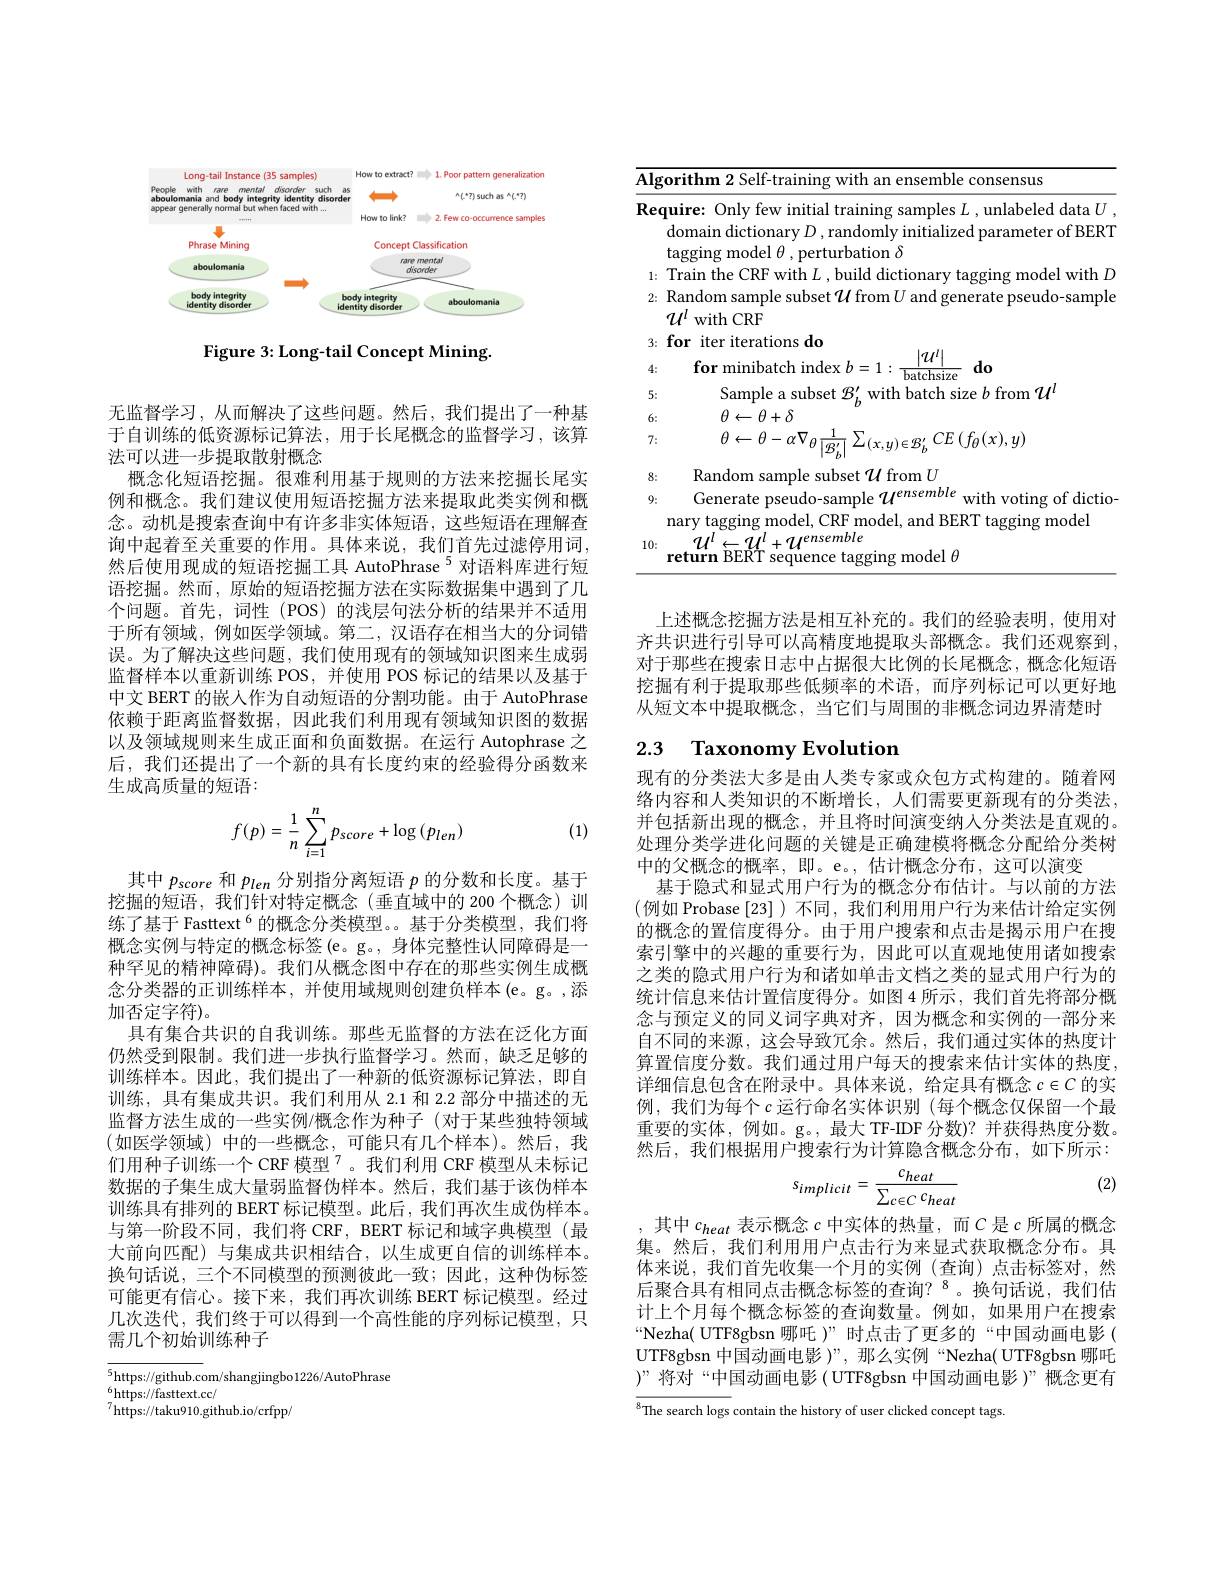
<FigureHere>

Figure 3: Long-tail Concept Mining

无监督学习，从而解决了这些问题。然后，我们提出了一种基于自训练的低资源标记算法，用于长尾概念的监督学习，该算法可以进一步提取散射概念
概念化短语挖掘。很难利用基于规则的方法来挖掘长尾实例和概念。我们建议使用短语挖掘方法来提取此类实例和概念。动机是搜索查询中有许多非实体短语，这些短语在理解查询中起着至关重要的作用。具体来说，我们首先过滤停用词， 然后使用现成的短语挖掘工具 AutoPhrase $^{5}$对语料库进行短语挖掘。然而，原始的短语挖掘方法在实际数据集中遇到了几个问题。首先，词性(POS)的浅层句法分析的结果并不适用于所有领域，例如医学领域。第二，汉语存在相当大的分词错误。为了解决这些问题，我们使用现有的领域知识图来生成弱监督样本以重新训练 POS,并使用 POS 标记的结果以及基于中文 BERT 的嵌人作为自动短语的分割功能。由于 AutoPhrase 依赖于距离监督数据，因此我们利用现有领域知识图的数据以及领域规则来生成正面和负面数据。在运行 Autophrase 之后，我们还提出了一个新的具有长度约束的经验得分函数来生成高质量的短语：
$$f(p)=\dfrac{1}{n}\sum_{i=1}^{n}p_{score}+\log{(p_{len})}$$
(1)

其中$p_{score}$和$p_{len}$分别指分离短语$p$的分数和长度。基于挖掘的短语，我们针对特定概念(垂直域中的 200 个概念)训练了基于 Fasttext$^{6}$的概念分类模型。基于分类模型，我们将概念实例与特定的概念标签 (e。g。, 身体完整性认同障碍是一种罕见的精神障碍)。我们从概念图中存在的那些实例生成概念分类器的正训练样本，并使用域规则创建负样本(e。g。,添加否定字符)。
具有集合共识的自我训练。那些无监督的方法在泛化方面仍然受到限制。我们进一步执行监督学习。然而，缺乏足够的训练样本。因此，我们提出了一种新的低资源标记算法，即自训练，具有集成共识。我们利用从 2.1 和 2.2 部分中描述的无监督方法生成的一些实例/概念作为种子 (对于某些独特领域(如医学领域)中的一些概念，可能只有几个样本)。然后，我们用种子训练一个 CRF 模型$^{7}$。我们利用 CRF 模型从未标记数据的子集生成大量弱监督伪样本。然后，我们基于该伪样本训练具有排列的 BERT 标记模型。此后，我们再次生成伪样本。与第一阶段不同，我们将 CRF, BERT 标记和域字典模型(最大前向匹配)与集成共识相结合，以生成更自信的训练样本。换句话说，三个不同模型的预测彼此一致；因此，这种伪标签可能更有信心。接下来，我们再次训练 BERT 标记模型。经过几次迭代，我们终于可以得到一个高性能的序列标记模型，只需几个初始训练种子

$\overline {5\text{https: / / github. c}}$om/ shangjingbo1226/ AutoPhrase 6Litps: / / github. com/ shangjingbo1226/ AutoPhrase
$^{6}$https://fasttext.cc/
$^{7}$https://taku910.github.io/crfpp/

<table>
	<tbody>
		<tr>
			<td>$\overline{\mathbf{Al}_{\xi}}$ </td>
			<td>${\mathrm{orithm}}^{\prime}$ 2 Self-trai ensemble co 10 consensus</td>
		</tr>
		<tr>
			<td>$Re$</td>
			<td>$\textbf{quire: Only few initial training samples }L$,unlabeled data $U$ domain dictionary $D$,randomly initialized parameter of BERT tagging model $\theta$,perturbation $\delta$</td>
		</tr>
		<tr>
			<td>1:</td>
			<td>Train the CRF with $I_{\mathrm{o}}$ huild dictior model with $D$</td>
		</tr>
		<tr>
			<td>2:</td>
			<td>Random sample subset $\mathcal{U}$ from $U$ and generate pseudo-sample $\mathcal{U}^{l}$ with CRF</td>
		</tr>
		<tr>
			<td>3:</td>
			<td>for iter iterations do</td>
		</tr>
		<tr>
			<td>4:</td>
			<td>for minibatch ${^{*}U}$ $do$ 17 ind</td>
		</tr>
		<tr>
			<td>5:</td>
			<td>Sample a subset 2 with batch size $b$ from $u$</td>
		</tr>
		<tr>
			<td>6:</td>
			<td>$\theta\leftarrow\theta+\delta$</td>
		</tr>
		<tr>
			<td>7:</td>
			<td>$\theta\leftarrow\theta-\alpha\nabla_{\theta}$ $\sum_{(x,y)\in\mathcal{B}_{h}^{\prime}}CE\left(f_{\theta}(x),y\right)$ $\boxed{|\mathcal{B}_{i}^{\prime}}$</td>
		</tr>
		<tr>
			<td>9:</td>
			<td>Generate pseudo-sample $\mathcal{U}^{\prime}$ with voting of dictio-</td>
		</tr>
		<tr>
			<td>10:</td>
			<td>$\operatorname{laggm}$ $1/lensemble$ ${\mathrm{r~model~}\theta}$</td>
		</tr>
	</tbody>
</table>

上述概念挖掘方法是相互补充的。我们的经验表明，使用对齐共识进行引导可以高精度地提取头部概念。我们还观察到， 对于那些在搜索日志中占据很大比例的长尾概念，概念化短语挖掘有利于提取那些低频率的术语，而序列标记可以更好地从短文本中提取概念，当它们与周围的非概念词边界清楚时

## 2.3 Taxonomy Evolution

现有的分类法大多是由人类专家或众包方式构建的。随着网络内容和人类知识的不断增长，人们需要更新现有的分类法， 并包括新出现的概念，并且将时间演变纳人分类法是直观的。处理分类学进化问题的关键是正确建模将概念分配给分类树中的父概念的概率，即。e。,估计概念分布，这可以演变
基于隐式和显式用户行为的概念分布估计。与以前的方法(例如 Probase[23])不同，我们利用用户行为来估计给定实例的概念的置信度得分。由于用户搜索和点击是揭示用户在搜索引擎中的兴趣的重要行为，因此可以直观地使用诸如搜索之类的隐式用户行为和诸如单击文档之类的显式用户行为的统计信息来估计置信度得分。如图 4 所示，我们首先将部分概念与预定义的同义词字典对齐，因为概念和实例的一部分来自不同的来源，这会导致冗余。然后，我们通过实体的热度计算置信度分数。我们通过用户每天的搜索来估计实体的热度。详细信息包含在附录中。具体来说，给定具有概念$c\in C$的实例，我们为每个$c$运行命名实体识别 (每个概念仅保留一个最重要的实体，例如。g。,最大 TF-IDF 分数)? 并获得热度分数。然后，我们根据用户搜索行为计算隐含概念分布，如下所示：

(2)
$$s_{implicit}=\frac{c_{heat}}{\sum_{c\in C}c_{heat}}$$
,其中$c_heat$ 表示概念 $c$ 中实体的热量，而$C$ 是$c$ 所属的概念集。然后，我们利用用户点击行为来显式获取概念分布。具体来说，我们首先收集一个月的实例(查询)点击标签对，然后聚合具有相同点击概念标签的查询？$^{8}$。换句话说，我们估计上个月每个概念标签的查询数量。例如，如果用户在搜索“Nezha( UTF8gbsn 哪吒)”时点击了更多的“中国动画电影( UTF8gbsn 中国动画电影 )”, 那么实例“Nezha( UTF8gbsn 哪吒)”将对“中国动画电影(UTF8gbsn 中国动画电影 )”概念更有

$\overline{^8\text{The search logs }}$contain the history of user clicked concept tags